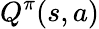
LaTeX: Q^{\pi}(s,a)